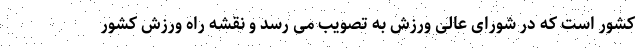
کشور است که در شورای عالی ورزش به تصویب می رسد و نقشه راه ورزش کشور